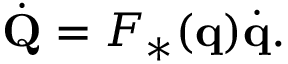
{ \dot { \mathbf { Q } } } = F _ { * } ( \mathbf { q } ) { \dot { \mathbf { q } } } .